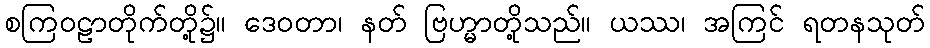
စကြဝဠာတိုက်တို့၌။ ဒေဝတာ၊ နတ် ဗြဟ္မာတို့သည်။ ယဿ၊ အကြင် ရတနသုတ်